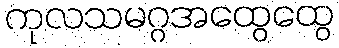
ကုလသမဂ္ဂအထွေထွေ